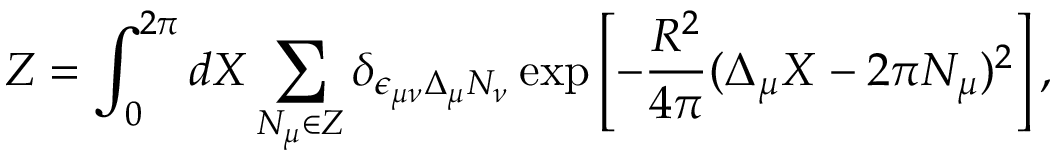
Z = \int _ { 0 } ^ { 2 \pi } d X \sum _ { N _ { \mu } \in Z } \delta _ { \epsilon _ { \mu \nu } \Delta _ { \mu } N _ { \nu } } \exp \left[ - \frac { R ^ { 2 } } { 4 \pi } ( \Delta _ { \mu } X - 2 \pi N _ { \mu } ) ^ { 2 } \right] ,